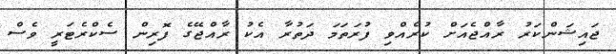
ޖައިޝަންކަރު ރާއްޖެއަށް ކުރެއްވި ފުރަތަމަ ދަތުރާ އެކު ރާއްޖޭގެ ފޮރިން ސެކްރެޓަރީ ވެސް